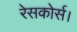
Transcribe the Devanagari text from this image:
रेसकोर्स।